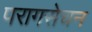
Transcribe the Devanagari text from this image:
परागसेचन